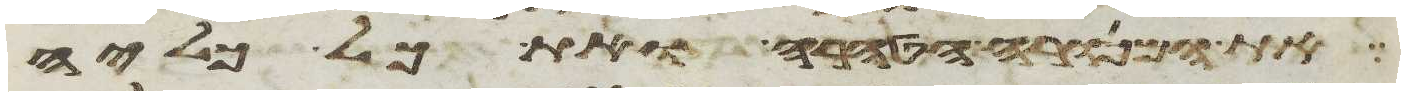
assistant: את המנורה הטהרה ואת כל כליה